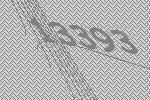
13393